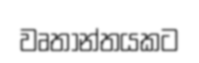
වෘතාන්තයකට